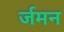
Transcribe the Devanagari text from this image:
र्जमन